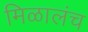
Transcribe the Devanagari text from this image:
मिळालंच